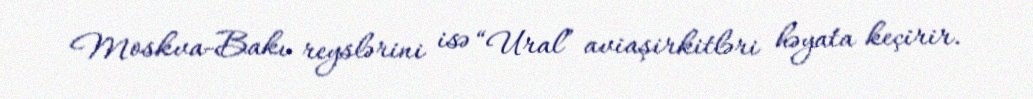
Moskva-Bakı reyslərini isə “Ural” aviaşirkitləri həyata keçirir.